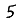
Digit: 5